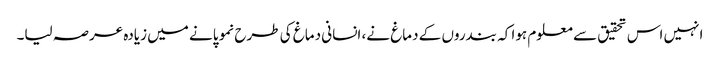
انہیں اس تحقیق سے معلوم ہوا کہ بندروں کے دماغ نے، انسانی دماغ کی طرح نمو پانے میں زیادہ عرصہ لیا۔